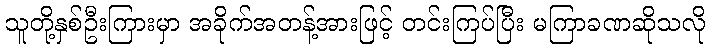
သူတို့နှစ်ဦးကြားမှာ အခိုက်အတန့်အားဖြင့် တင်းကြပ်ပြီး မကြာခဏဆိုသလို